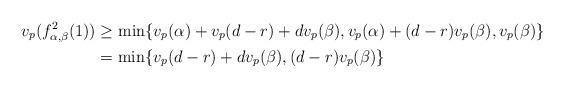
LaTeX: \begin{align*} v_p(f^2_{\alpha, \beta}(1)) &\geq \min \{ v_p(\alpha) + v_p(d-r) + d v_p(\beta), v_p(\alpha) + (d-r) v_p(\beta), v_p(\beta) \} \\ &= \min \{ v_p(d-r) + dv_p(\beta), (d-r)v_p(\beta)\}\end{align*}